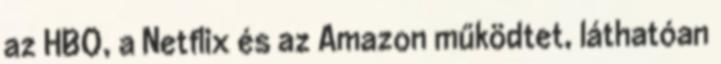
az HBO, a Netflix és az Amazon működtet, láthatóan